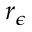
r _ { \epsilon }